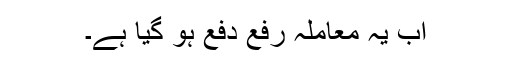
اب یہ معاملہ رفع دفع ہو گیا ہے۔